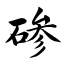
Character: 碜